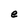
Character: e